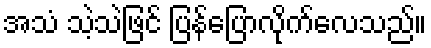
အသံ သဲ့သဲဖြင် ပြန်ပြောလိုက်လေသည်။